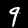
Digit: 9